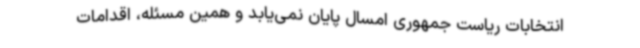
انتخابات ریاست جمهوری امسال پایان نمی‌یابد و همین مسئله، اقدامات